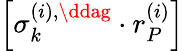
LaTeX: \left[\sigma_{k}^{\left(i\right),\ddag}\cdot r_{P}^{\left(i\right)}\right]